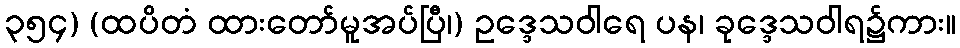
၃၅၄) (ထပိတံ ထားတော်မူအပ်ပြီ၊) ဥဒ္ဒေသဝါရေ ပန၊ ခုဒ္ဒေသဝါရ၌ကား။